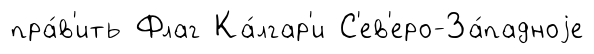
пра́в'ить Флаг Ка́лгар'и С'ев'еро-За́падноjе